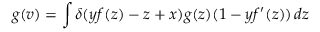
g ( v ) = \int \delta ( y f ( z ) - z + x ) g ( z ) ( 1 - y f ^ { \prime } ( z ) ) \, d z